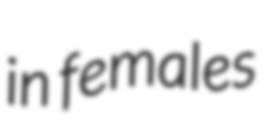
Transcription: in females